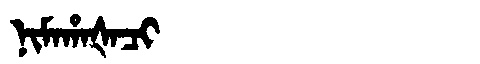
Manchu: ᠨᡳᠮᠠᡥᠠᡧᠠᠴᡳ
Romanization: NIMAHAŠACI